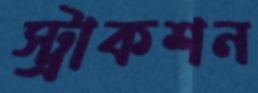
স্ট্রাকশন